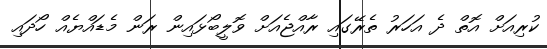
ކުރިއަށް އޮތް ދެ އަހަރު ތެރޭގައި ރާއްޖެއަށް ވޮލީބޯޅައިން ރަން މެޑައްޔެއް ހޯދައި